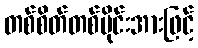
တစ်စိတ်တစ်ပိုင်းအားဖြင့်